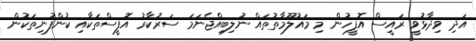
އަދި ވިދާޅުވީ ރައީސް އޮފީހުން މި މައުލޫމާތުތައް ނުލިބިއްޖެނަމަ ސަރުކާރު އޮފީސްތަކާއި ކުންފުނިތަކުން